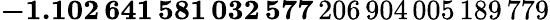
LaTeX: \mathbf{-1.102\, 641\, 581\, 032\, 577}\, 206\, 904\, 005\, 189\, 779